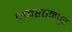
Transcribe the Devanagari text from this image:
नवरतनपुर